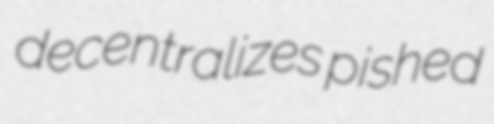
decentralizes pished